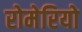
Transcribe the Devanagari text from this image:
रोमेरियो